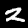
Label: 2